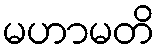
မဟာမတိ